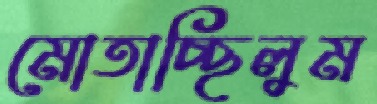
মোতাচ্ছিলুম